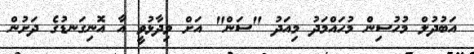
އަބުދުލް މުހުސިން މުހައްމަދު މިއަދު "ސަން" އަށް ވިދާޅުވީ އާ އޮނިގަނޑުގެ ދަށުން